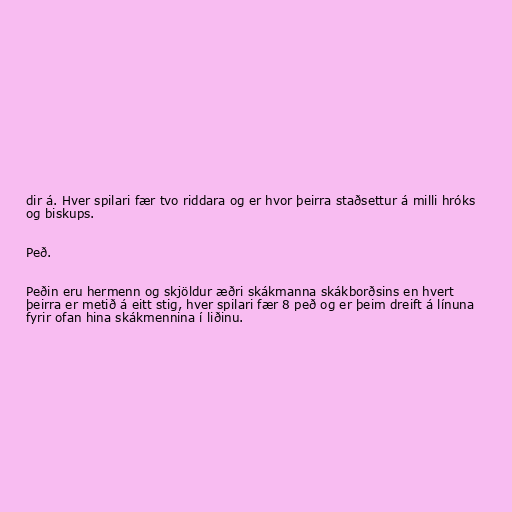
dir á. Hver spilari fær tvo riddara og er hvor þeirra staðsettur á milli hróks
og biskups.

Peð.

Peðin eru hermenn og skjöldur æðri skákmanna skákborðsins en hvert
þeirra er metið á eitt stig, hver spilari fær 8 peð og er þeim dreift á línuna
fyrir ofan hina skákmennina í liðinu.